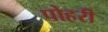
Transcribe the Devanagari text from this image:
पोहरी